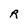
Character: R